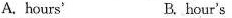
A.hours' B.hour's